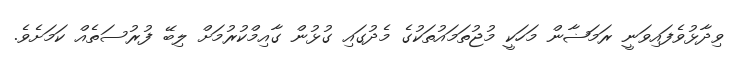
ވިދާޅުވެފައިވަނީ ރަމަޟާން މަހަކީ މުޖުތަމައުތަކުގެ މެދުގައި ގުޅުން ގާއިމްކުރުމަށް ލިބޭ ފުރުސަތެއް ކަމަށެވެ.